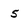
Character: 5